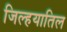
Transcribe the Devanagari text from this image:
जिल्हयातिल